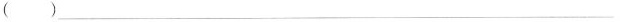
( )_______________